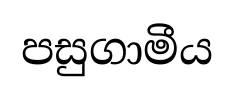
පසුගාමීය